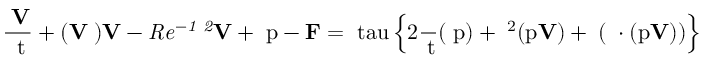
\it \frac { \partial \bf V } { \partial \mathrm { t } } + ( { \bf V } \nabla ) { \bf V } - R e ^ { - 1 } \nabla ^ { 2 } \bf V + \nabla \mathrm { p - { \bf F } = \ t a u \left\{ 2 \frac { \partial } { \partial t } ( \nabla \mathrm { p ) + \nabla ^ { 2 } ( \mathrm { p \bf V ) + \nabla ( \nabla \cdot ( \mathrm { p \bf V ) ) } } } \right\} }